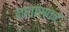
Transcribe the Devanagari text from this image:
नावांसकट